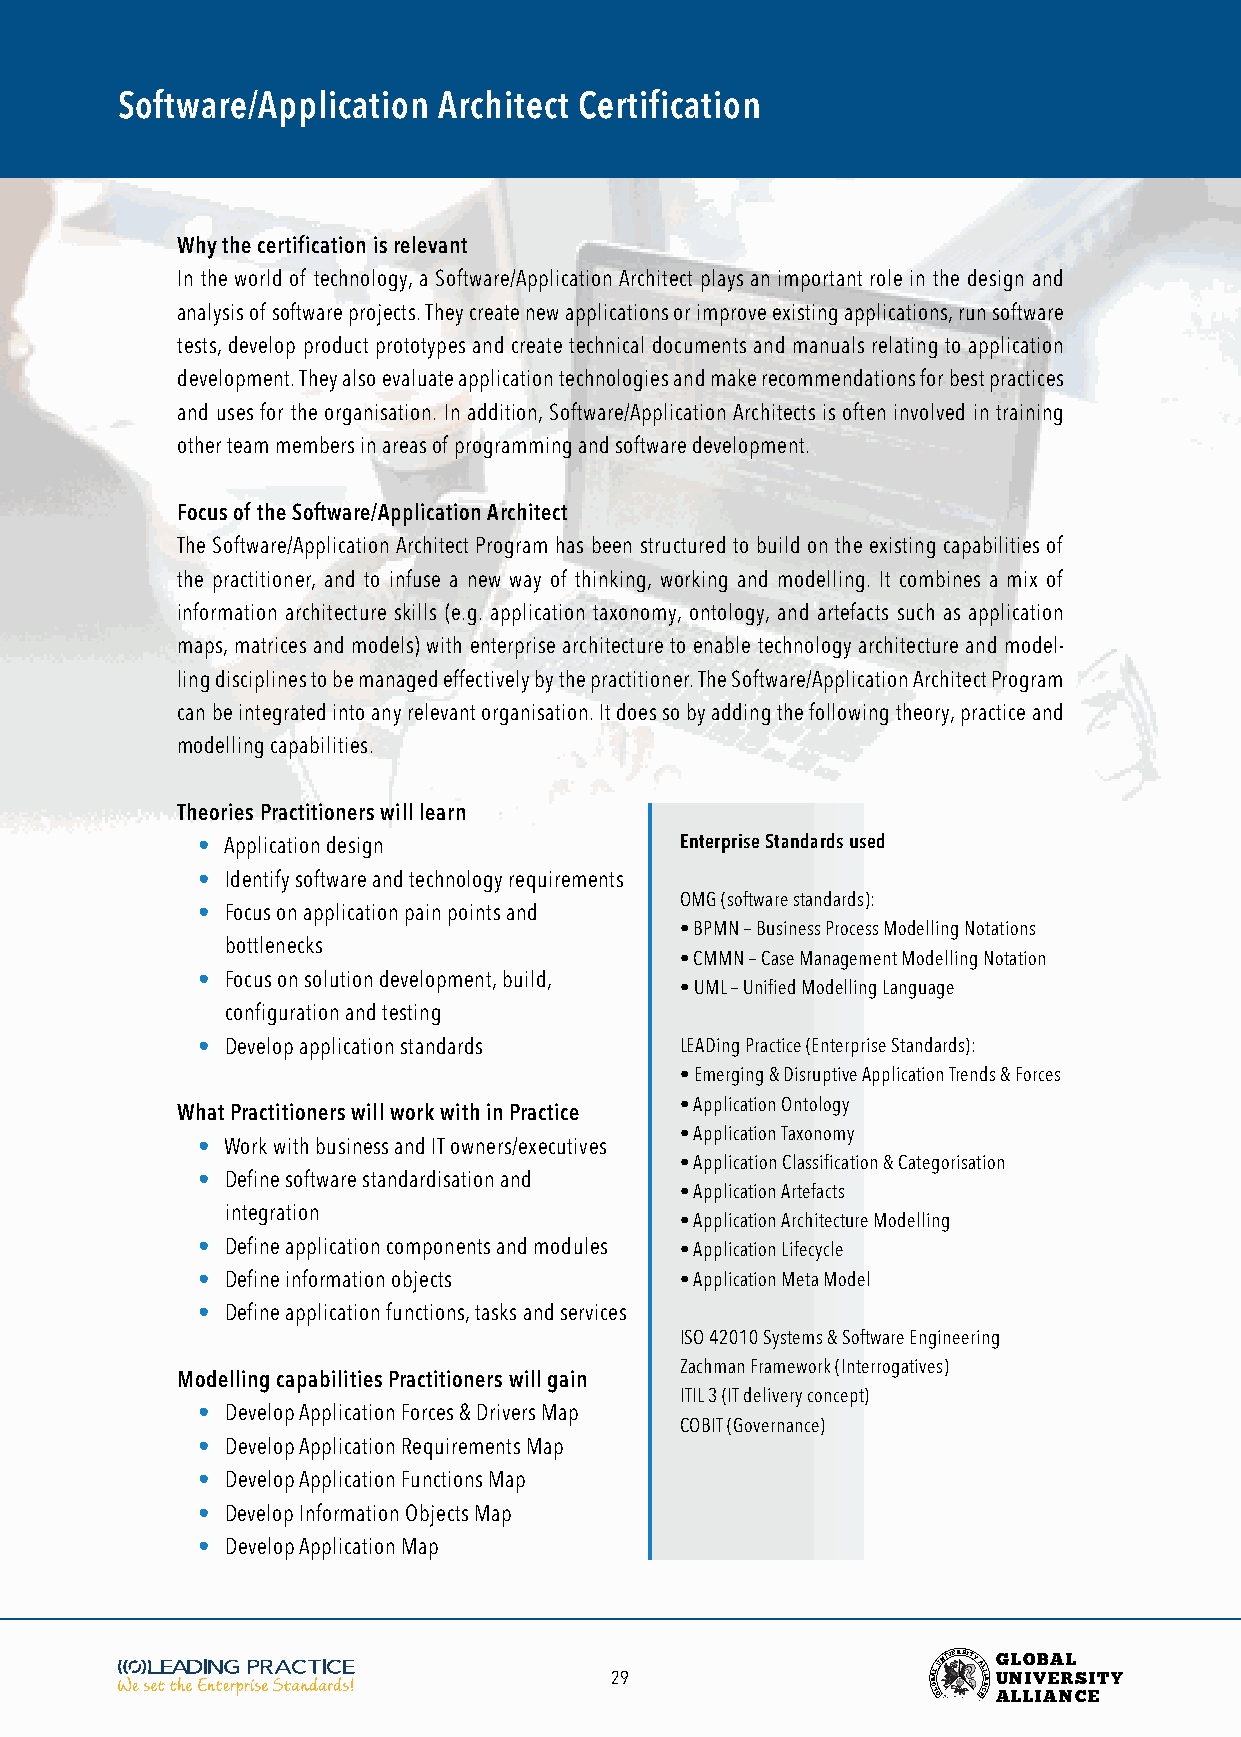
Software/Application Architect Certification
 Why the certification is relevant
 In the world of technology, a Software/Application Architect plays an important role in the design and
 analysis of software projects. They create new applications or improve existing applications, run software
 tests, develop product prototypes and create technical documents and manuals relating to application
 development. They also evaluate application technologies and make recommendations for best practices
 and uses for the organisation. In addition, Software/Application Architects is often involved in training
 other team members in areas of programming and software development.
 Focus of the Software/Application Architect
 The Software/Application Architect Program has been structured to build on the existing capabilities of
 the practitioner, and to infuse a new way of thinking, working and modelling. It combines a mix of
 information architecture skills (e.g. application taxonomy, ontology, and artefacts such as application
 maps, matrices and models) with enterprise architecture to enable technology architecture and model-
 ling disciplines to be managed effectively by the practitioner. The Software/Application Architect Program
 can be integrated into any relevant organisation. It does so by adding the following theory, practice and
 modelling capabilities.
 Theories Practitioners will learn
 • Application design            Enterprise Standards used
 • Identify software and technology requirements
 OMG (software standards):
 • Focus on application pain points and
 • BPMN – Business Process Modelling Notations
 bottlenecks
 • CMMN – Case Management Modelling Notation
 • Focus on solution development, build,
 • UML – Unified Modelling Language
 configuration and testing
 • Develop application standards LEADing Practice (Enterprise Standards):
 • Emerging & Disruptive Application Trends & Forces
 • Application Ontology
 What Practitioners will work with in Practice
 • Application Taxonomy
 • Work with business and IT owners/executives
 • Application Classification & Categorisation
 • Define software standardisation and
 • Application Artefacts
 integration
 • Application Architecture Modelling
 • Define application components and modules • Application Lifecycle
 • Define information objects    • Application Meta Model
 • Define application functions, tasks and services
 ISO 42010 Systems & Software Engineering
 Zachman Framework (Interrogatives)
 Modelling capabilities Practitioners will gain
 ITIL 3 (IT delivery concept)
 • Develop Application Forces & Drivers Map
 COBIT (Governance)
 • Develop Application Requirements Map
 • Develop Application Functions Map
 • Develop Information Objects Map
 • Develop Application Map
 29                    BOA LL
 GUNIVERSITY
 AL EL CI NA
 G
 U
 ANL LO
 LIV
 IB AEA NRL
 CS EITY